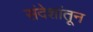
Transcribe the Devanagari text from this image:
संदेशांतून